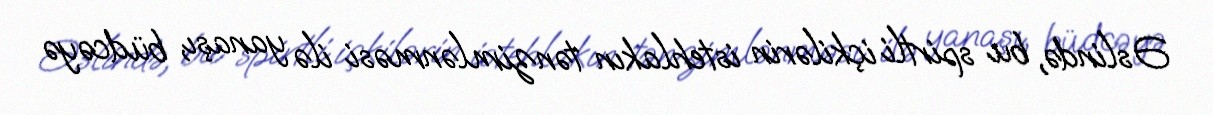
Əslində, bu spirtli içkilərin istehlakın tənzimlənməsi ilə yanaşı, büdcəyə